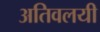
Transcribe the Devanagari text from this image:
अतिवलयी